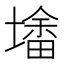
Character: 𰊮